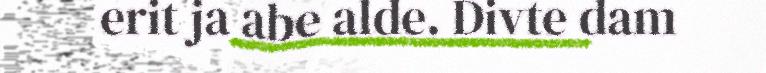
erit ja abe alde. Divte dam